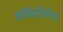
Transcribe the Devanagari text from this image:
कविप्रतिमेचा